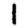
Digit: 1